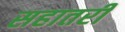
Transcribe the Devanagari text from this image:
सहातरी